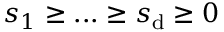
s _ { 1 } \geq . . . \geq s _ { \mathrm { d } } \geq 0